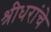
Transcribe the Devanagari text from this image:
श्रीधरांचे